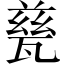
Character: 甆